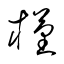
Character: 槿